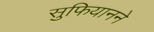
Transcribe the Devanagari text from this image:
सुफियानने